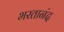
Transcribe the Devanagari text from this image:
भरतानंद